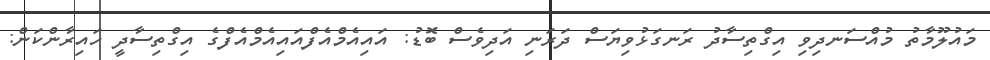
މައުލޫމާތު މުއްސަނދިވި އިގްތިސާދު ރަނގަޅުވިޔަސް ދަރަނި އަދިވެސް ބޮޑު: އައިއެމްއެފްއައިއެމްއެފްގެ އިގްތިސާދީ ހައިރާންކަން: